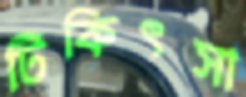
টিকিৎসা